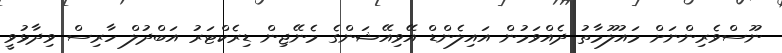
ނޫސްވެރިންނަށް މައުލޫމާތު ދެއްވަމުން އައިލެންޑް އޭވިއޭޝަންގެ މެނޭޖިން ޑިރެކްޓަރު އަބްދުލް ހާރިސް ވިދާޅުވީ